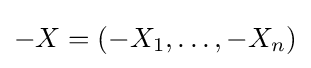
-X=(-X_{1},\dots ,-X_{n})